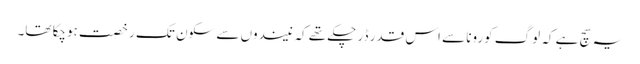
یہ سچ ہے کہ لوگ کورونا سے اس قدر ڈر چکے تھے کہ نیندوں سے سکون تک رخصت ہوچکا تھا۔